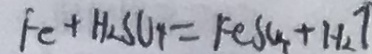
F e + H _ { 2 } S O _ { 4 } = F e S O _ { 4 } + H _ { 2 } \uparrow